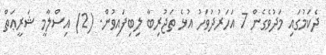
ދެކަމުގައި މަދުވެގެން 7 އަހަރުދުވަހު އުޅެ ތަޖުރިބާ ލިބިފައިވުން. (2) އިސްލާމީ ޝަރީޢަތް